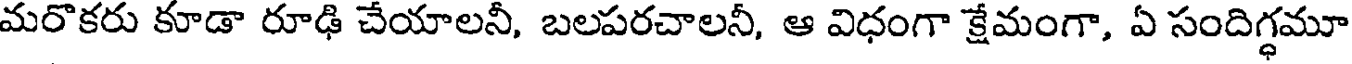
మరొకరు కూడా రూఢి చేయాలనీ, బలపరచాలనీ, ఆ విధంగా క్షేమంగా, ఏ సందిగ్ధమూ